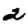
Digit: 2